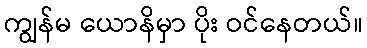
ကျွန်မ ယောနိမှာ ပိုး ဝင်နေတယ်။